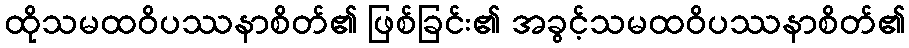
ထိုသမထဝိပဿနာစိတ်၏ ဖြစ်ခြင်း၏ အခွင့်သမထဝိပဿနာစိတ်၏